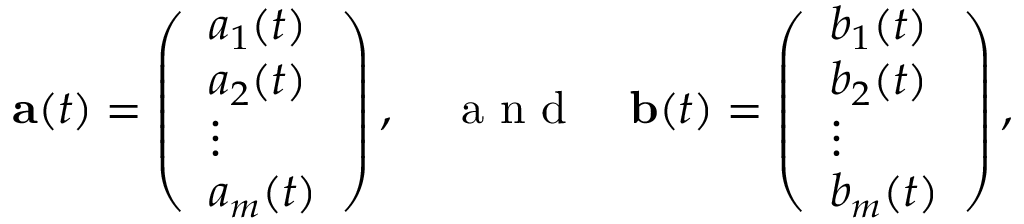
\mathbf { a } ( t ) = \left( \begin{array} { l } { a _ { 1 } ( t ) } \\ { a _ { 2 } ( t ) } \\ { \vdots } \\ { a _ { m } ( t ) } \end{array} \right) , \quad \mathrm { ~ a ~ n ~ d ~ } \quad \mathbf { b } ( t ) = \left( \begin{array} { l } { b _ { 1 } ( t ) } \\ { b _ { 2 } ( t ) } \\ { \vdots } \\ { b _ { m } ( t ) } \end{array} \right) ,